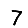
Digit: 7